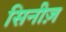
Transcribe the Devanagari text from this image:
सिनीज़